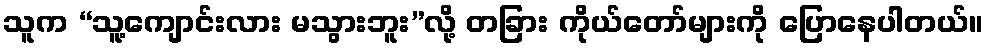
သူက “သူ့ကျောင်းလား မသွားဘူး”လို့ တခြား ကိုယ်တော်များကို ပြောနေပါတယ်။